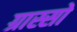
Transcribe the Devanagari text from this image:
ग्रास्सो